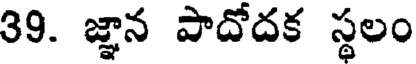
39. జ్ఞాన పాదోదక స్థలం